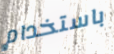
باستخدام